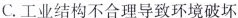
C. 工业结构不合理导致环境破坏